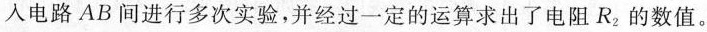
入电路AB间进行多次实验，并经过一定的运算求出了电阻R_{2}的数值。